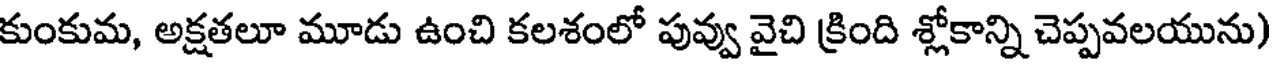
కుంకుమ, అక్షతలూ మూడు ఉంచి కలశంలో పువ్వు వైచి క్రింది శ్లోకాన్ని చెప్పవలయును)